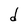
Character: d